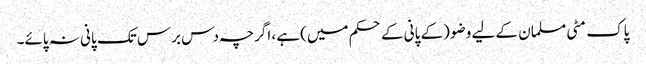
پاک مٹی مسلمان کے لیے وضو (کے پانی کے حکم میں) ہے، اگرچہ دس برس تک پانی نہ پائے۔